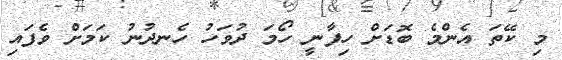
މި ކޭތަ އެންމެ ބޮޑަށް ހިފާނީ ހޯމަ ދުވަހު ހެނދުނު ކަމަށް ވެފައި